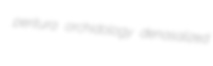
peritura orchidology denasalized